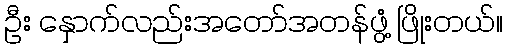
ဦး နှောက်လည်းအတော်အတန်ဖွံ့ ဖြိုးတယ်။